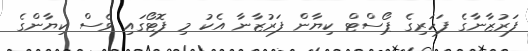
ފަރުޒާނާގެ ފަހަރިގެ ޕޯސްޓް ކިޔާން ފަރުޒާނާ އެކު މި ފޮޓޯގައި ވެސް ކިޔާންގެ